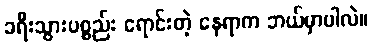
ခရီးသွားပစ္စည်း ရောင်းတဲ့ နေရာက ဘယ်မှာပါလဲ။